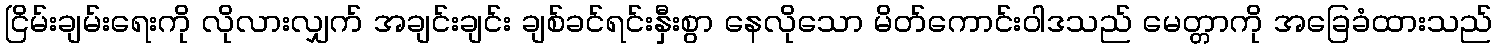
ငြိမ်းချမ်းရေးကို လိုလားလျှက် အချင်းချင်း ချစ်ခင်ရင်းနှီးစွာ နေလိုသော မိတ်ကောင်းဝါဒသည် မေတ္တာကို အခြေခံထားသည်